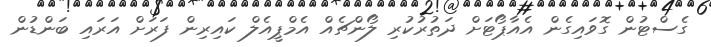
ގެސްޓުން ގޮވައިގެން އެއާޕޯޓަށް ދަތުރުކުރި ލޯންޗެއް އެމްޕީއެލް ކައިރިން ފަރަށް އަރައި ބަންޑުން